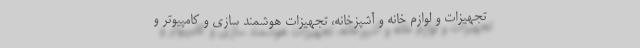
تجهیزات و لوازم خانه و آشپزخانه، تجهیزات هوشمند سازی و کامپیوتر و